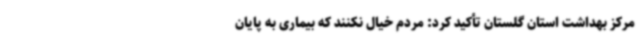
مرکز بهداشت استان گلستان تأکید کرد: مردم خیال نکنند که بیماری به پایان